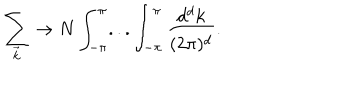
\sum _ { \vec { k } } \rightarrow N \int _ { - \pi } ^ { \pi } . . . \int _ { - \pi } ^ { \pi } \frac { d ^ { d } k } { ( 2 \pi ) ^ { d } } .